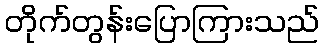
တိုက်တွန်းပြောကြားသည်